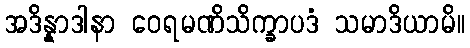
အဒိန္နာဒါနာ ဝေရမဏိသိက္ခာပဒံ သမာဒိယာမိ။